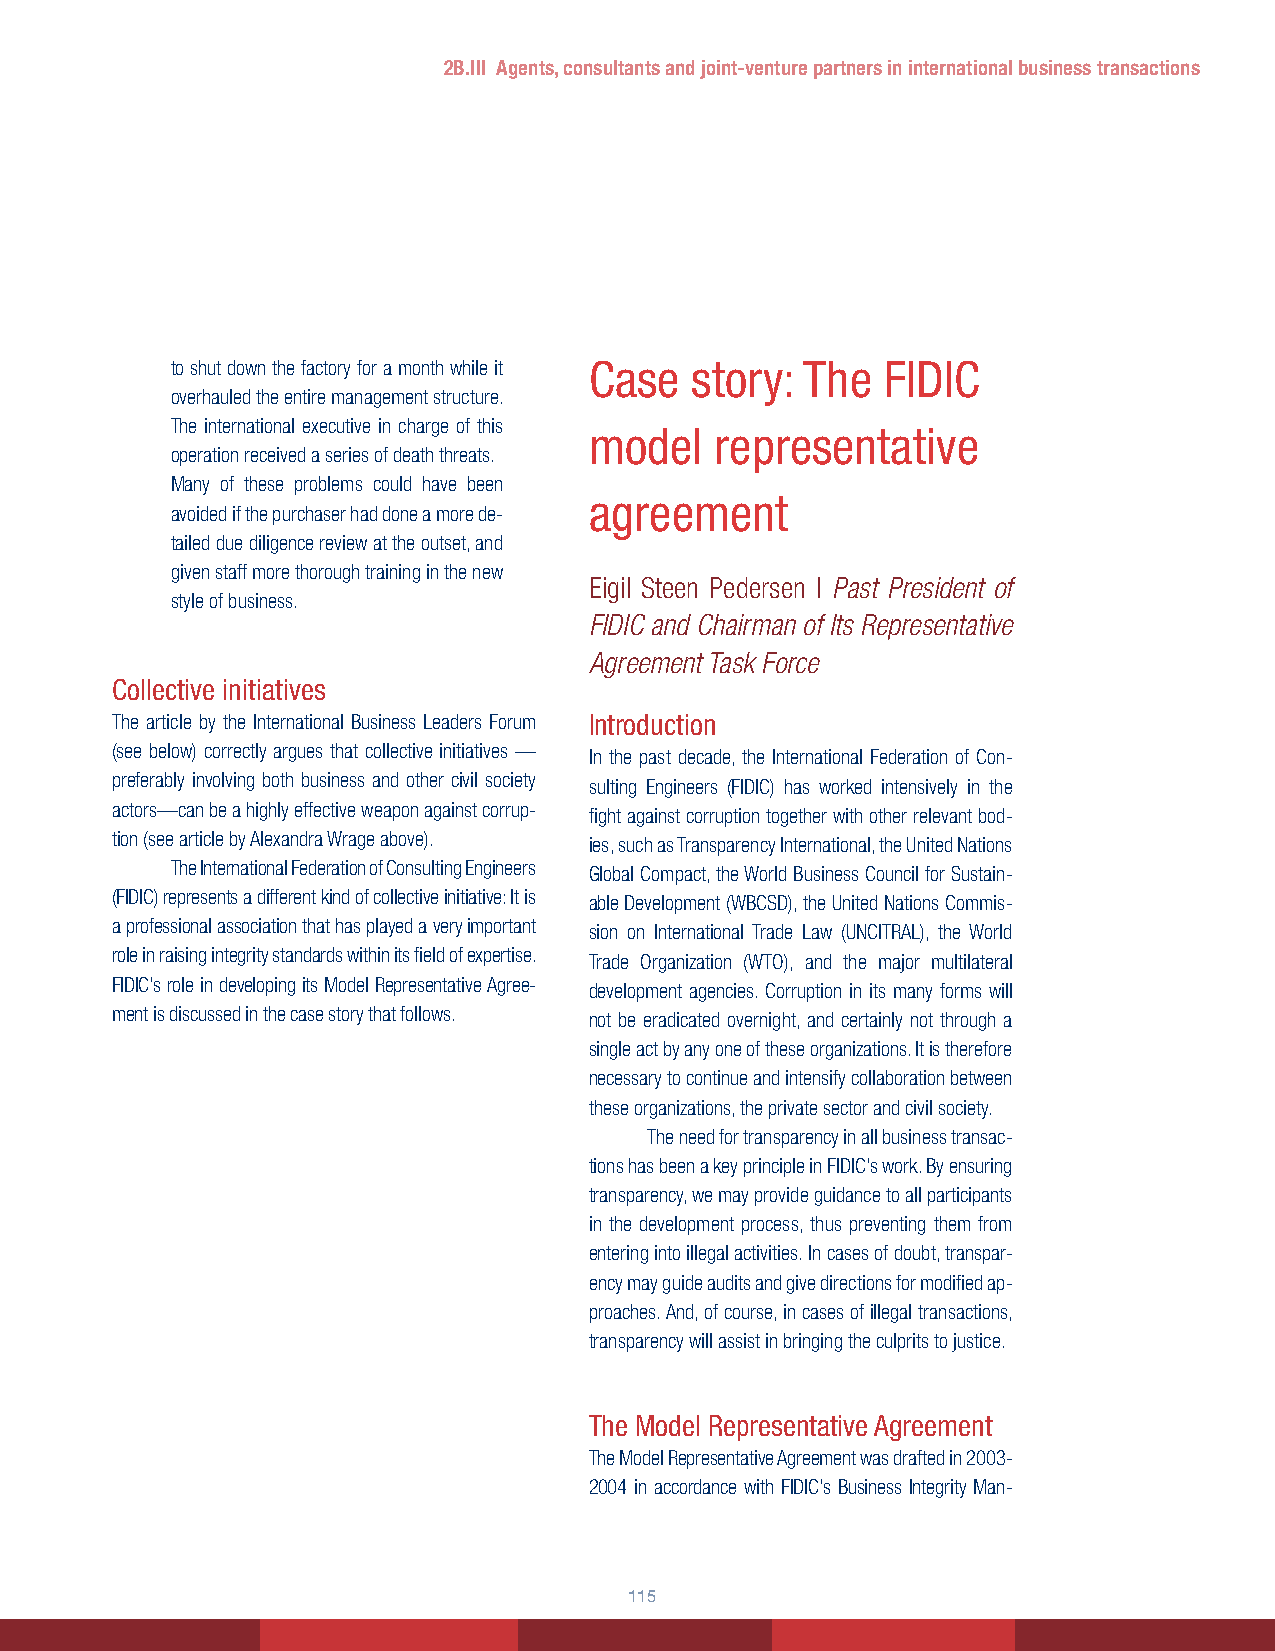
2B.III Agents, consultants and joint-venture partners in international business transactions
 to shut down the factory for a month while it Case story: The FIDIC
 overhauled the entire management structure.
 The international executive in charge of this
 model   representative
 operation received a series of death threats.
 Many of these problems could have been
 agreement
 avoided if the purchaser had done a more de-
 tailed due diligence review at the outset, and
 given staff more thorough training in the new
 Eigil Steen Pedersen | Past President of
 style of business.
 FIDIC and Chairman of Its Representative
 Agreement Task Force
 Collective initiatives
 The article by the International Business Leaders Forum Introduction
 (see below) correctly argues that collective initiatives — In the past decade, the International Federation of Con-
 preferably involving both business and other civil society sulting Engineers (FIDIC) has worked intensively in the
 actors—can be a highly effective weapon against corrup- fight against corruption together with other relevant bod-
 tion (see article by Alexandra Wrage above). ies, such as Transparency International, the United Nations
 The International Federation of Consulting Engineers Global Compact, the World Business Council for Sustain-
 (FIDIC) represents a different kind of collective initiative: It is able Development (WBCSD), the United Nations Commis-
 a professional association that has played a very important sion on International Trade Law (UNCITRAL), the World
 role in raising integrity standards within its field of expertise. Trade Organization (WTO), and the major multilateral
 FIDIC’s role in developing its Model Representative Agree- development agencies. Corruption in its many forms will
 ment is discussed in the case story that follows. not be eradicated overnight, and certainly not through a
 single act by any one of these organizations. It is therefore
 necessary to continue and intensify collaboration between
 these organizations, the private sector and civil society.
 The need for transparency in all business transac-
 tions has been a key principle in FIDIC’s work. By ensuring
 transparency, we may provide guidance to all participants
 in the development process, thus preventing them from
 entering into illegal activities. In cases of doubt, transpar-
 ency may guide audits and give directions for modified ap-
 proaches. And, of course, in cases of illegal transactions,
 transparency will assist in bringing the culprits to justice.
 The Model Representative Agreement
 The Model Representative Agreement was drafted in 2003-
 2004 in accordance with FIDIC’s Business Integrity Man-
 115